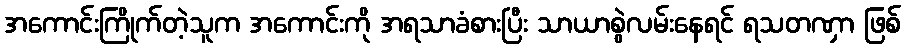
အကောင်းကြိုက်တဲ့သူက အကောင်းကို အရသာခံစားပြီး သာယာစွဲလမ်းနေရင် ရသတဏှာ ဖြစ်